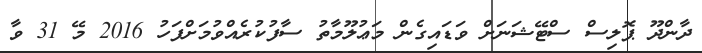
ދާންދޫ ޕޮލިސް ސްޓޭޝަނަށް ވަޑައިގެން މަޢުލޫމާތު ސާފުކުރެއްވުމަށްފަހު 2016 މޭ 31 ވާ